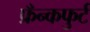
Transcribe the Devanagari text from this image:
फ्रँन्कफुर्ट